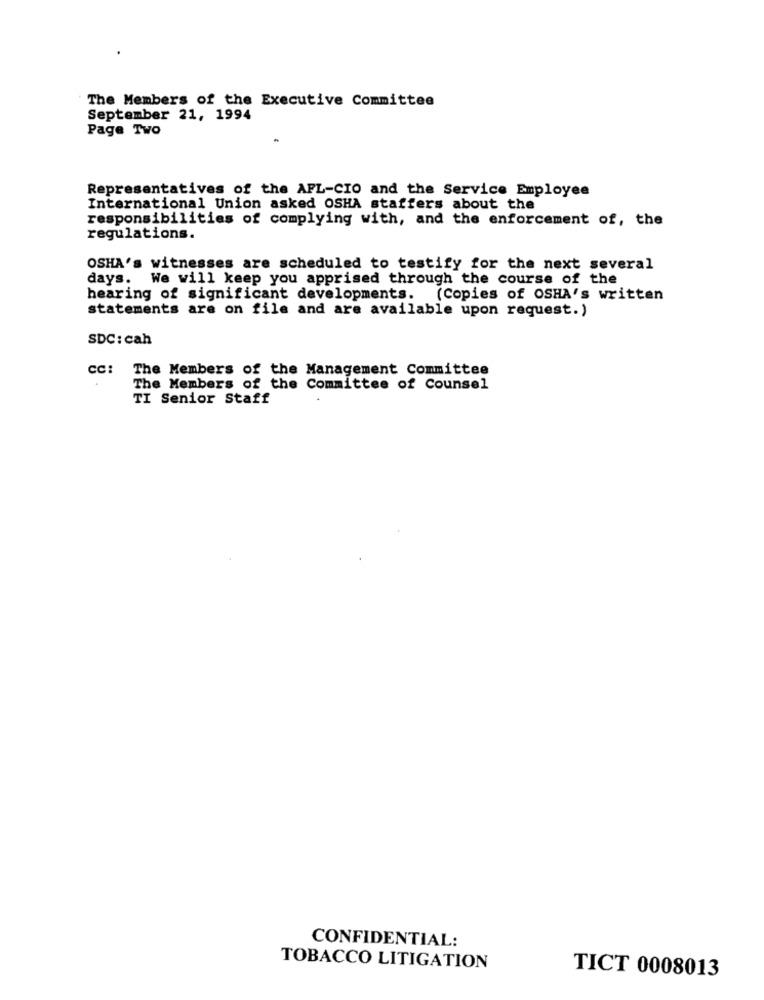
The Members of the Executive Committee
September 21, 1994
Page Two
Representatives of the AFL-CIO and the Service Employee
International Union asked OSHA staffers about the
responsibilities of complying with, and the enforcement of, the
regulations.
OSHA's witnesses are scheduled to testify for the next several
days. We will keep you apprised through the course of the
hearing of significant developments. (Copies of OSHA's written
statements are on file and are available upon request.)
SDC: cah
CC:
The Members of the Management Committee
The Members of the Committee of Counsel
TI Senior Staff
CONFIDENTIAL:
TOBACCO LITIGATION
TICT 0008013